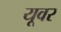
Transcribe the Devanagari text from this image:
यूवर